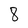
Character: 8